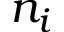
n _ { i }